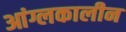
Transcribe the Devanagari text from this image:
आंग्लकालीन